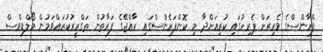
ފްރާންސްގެ ވެރިރަށް ޕެރިހުގައި ކުރިއަށްދާ މި ކޮންފަރެންސްގައި ރާއްޖޭގެ ފަރާތުން ތަގްރީރުކުރައްވަމުން މޯލްޑިވްސް